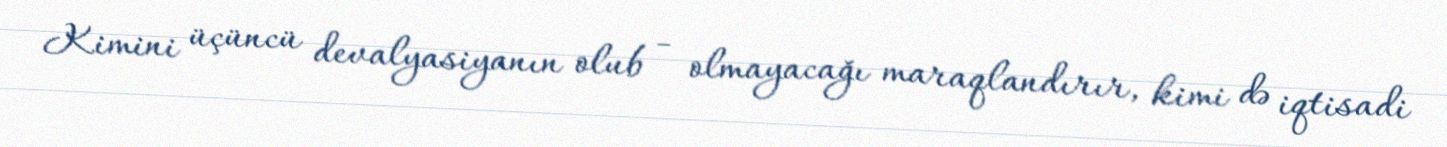
Kimini üçüncü devalyasiyanın olub - olmayacağı maraqlandırır, kimi də iqtisadi